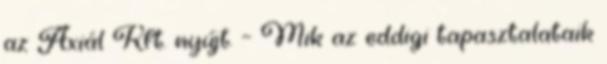
az Axiál Kft. nyújt. – Mik az eddigi tapasztalataik